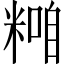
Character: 𥻢